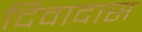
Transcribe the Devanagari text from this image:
दिवादास